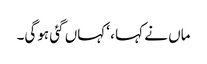
ماں نے کہا ، ‘کہاں گئی ہوگی۔